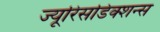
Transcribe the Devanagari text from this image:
ज्यूरिसडिक्शन्स